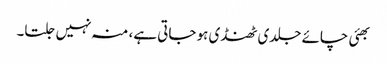
بھئی چائے جلدی ٹھنڈی ہو جاتی ہے، منہ نہیں جلتا۔